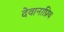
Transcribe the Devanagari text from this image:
देवानाप्रिय